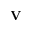
{ \bf V }